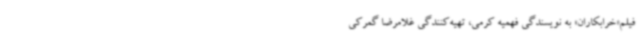
فیلم‌«خرابکاران» به نویسندگی فهمیه کرمی، تهیه‌کنندگی غلامرضا گمرکی